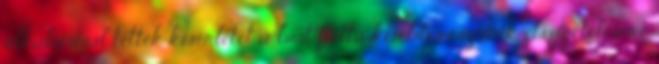
alkalommal tettek kísérletet a brit flotta kisebb részeinek elszigetelésére